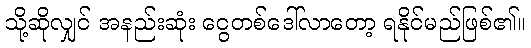
သို့ဆိုလျှင် အနည်းဆုံး ငွေတစ်ဒေါ်လာတော့ ရနိုင်မည်ဖြစ်၏။